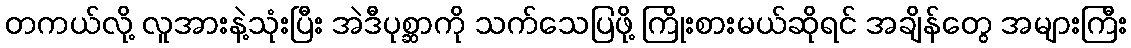
တကယ်လို့ လူအားနဲ့သုံးပြီး အဲဒီပုစ္ဆာကို သက်သေပြဖို့ ကြိုးစားမယ်ဆိုရင် အချိန်တွေ အများကြီး